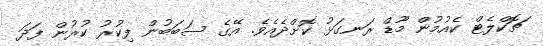
ޗޮކްލެޓް ކެއުމުން މޫޑް ރަނގަޅު ކޮށްދެއެވެ. އޭގެ ސަބަބުން ފިކުރު ކުރުން ފަދަ